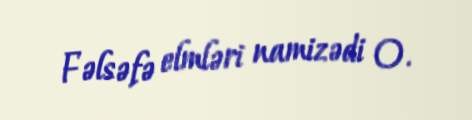
Fəlsəfə elmləri namizədi O.